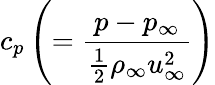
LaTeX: c_{p}\left(=\frac{p-p_{\infty}}{\frac{1}{2}\rho_{\infty}u_{\infty}^{2}}\right)